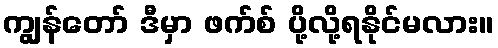
ကျွန်တော် ဒီမှာ ဖက်စ် ပို့လို့ရနိုင်မလား။